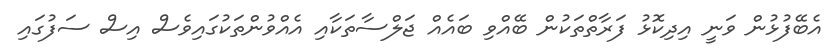
އެބޭފުޅުން ވަނީ އިދިކޮޅު ފަރާތްތަކުން ބޭއްވި ބައެއް ޖަލްސާތަކާއި އެއްވުންތަކުގައިވެސް އިސް ސަފުގައި